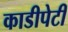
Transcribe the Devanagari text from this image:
काडीपेटी